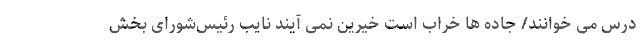
درس می خوانند/ جاده ها خراب است خیرین نمی آیند نایب رئیس‌شورای بخش